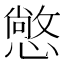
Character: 𢢌